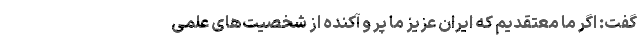
گفت: اگر ما معتقدیم که ایران عزیز ما پر و آکنده از شخصیت‌های علمی